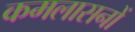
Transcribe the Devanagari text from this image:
कमलासनों